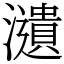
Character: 瀢